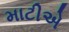
માટીએ